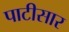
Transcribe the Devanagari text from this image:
पाटीसार